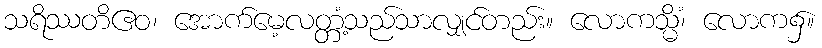
သရိဿတိဧဝ၊ အောက်မေ့လတ္တံ့သည်သာလျှင်တည်း။ လောကသ္မိံ၊ လောက၌။